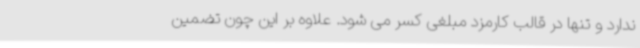
ندارد و تنها در قالب کارمزد مبلغی کسر می شود. علاوه بر این چون تضمین